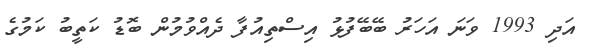
އަދި 1993 ވަނަ އަހަރު ބޭބޭފުޅު އިސްތިއުފާ ދެއްވުމުން ބޮޑު ކަތީބު ކަމުގެ